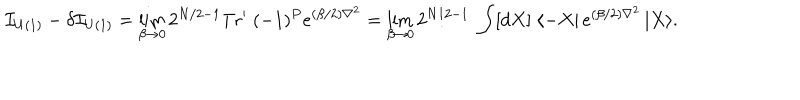
LaTeX: { \cal I } _ { U ( 1 ) } - \delta { \cal I } _ { U ( 1 ) } = \lim _ { \beta \rightarrow 0 } 2 ^ { N / 2 - 1 } \mathrm { T r ^ { \prime } } \; ( - 1 ) ^ { P } e ^ { ( \beta / 2 ) \nabla ^ { 2 } } = \lim _ { \beta \rightarrow 0 } 2 ^ { N / 2 - 1 } \; \int [ d X ] \; \langle - X \vert \, e ^ { ( \beta / 2 ) \nabla ^ { 2 } } \, \vert X \rangle .